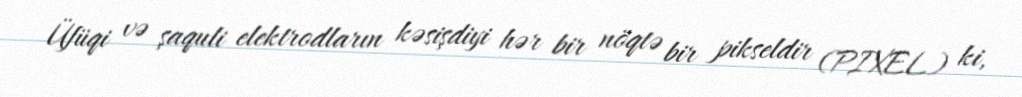
Üfüqi və şaquli elektrodların kəsişdiyi hər bir nöqtə bir pikseldir (PIXEL) ki,